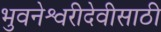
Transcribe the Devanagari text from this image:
भुवनेश्वरीदेवीसाठी